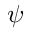
\psi